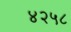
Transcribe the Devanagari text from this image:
४२५८